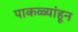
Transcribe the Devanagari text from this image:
पाकळ्यांहून